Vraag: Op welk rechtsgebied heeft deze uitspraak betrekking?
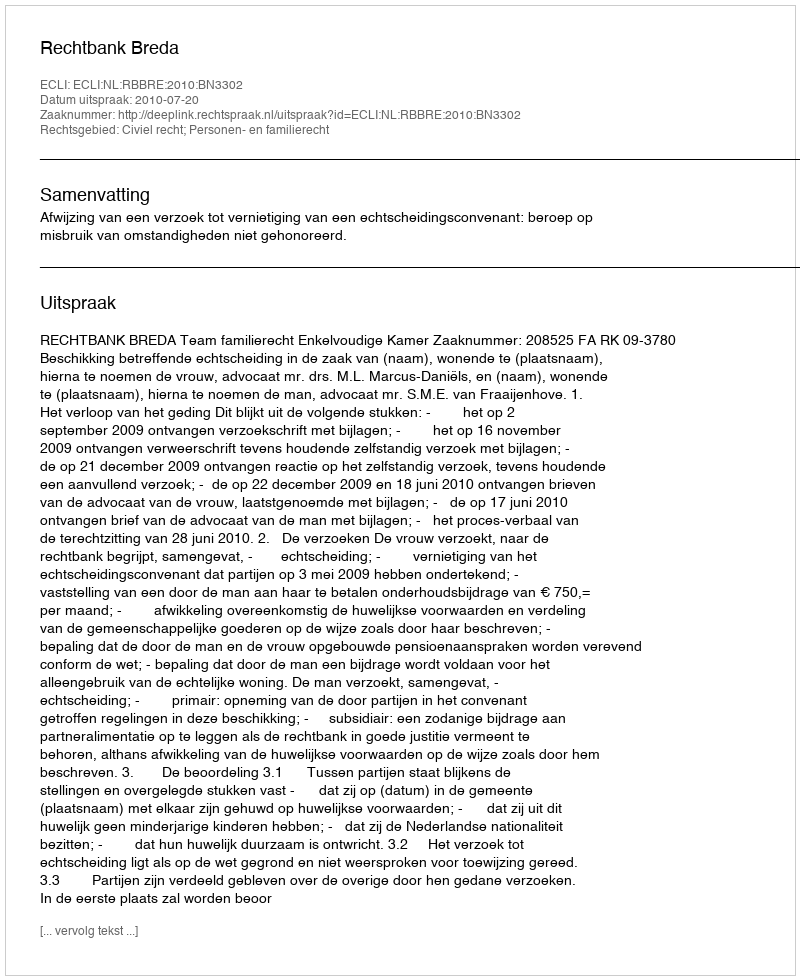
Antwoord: Civiel recht; Personen- en familierecht